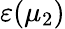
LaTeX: \varepsilon(\mu_{2})